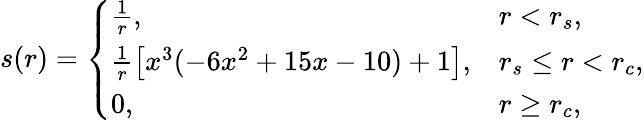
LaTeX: s(r)=\left\{ \begin{array}{ll}{\frac{1}{r},}&{r<r_{s},}\\ {\frac{1}{r}\big[x^{3}(-6x^{2}+15x-10)+1\big],}&{r_{s}\leq r<r_{c},}\\ {0,}&{r\geq r_{c},}\end{array}\right.